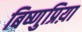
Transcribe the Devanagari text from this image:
बिष्णुप्रिय़ा